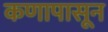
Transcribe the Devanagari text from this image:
कणापासून